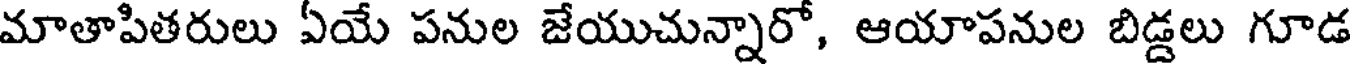
మాతాపితరులు ఏయే పనుల జేయుచున్నారో, ఆయాపనుల బిడ్డలు గూడ